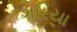
ગરિયા